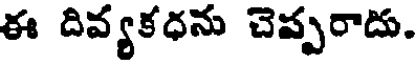
ఈ దివ్యకధను చెప్పరాదు.